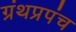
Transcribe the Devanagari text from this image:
ग्रंथप्रपंच